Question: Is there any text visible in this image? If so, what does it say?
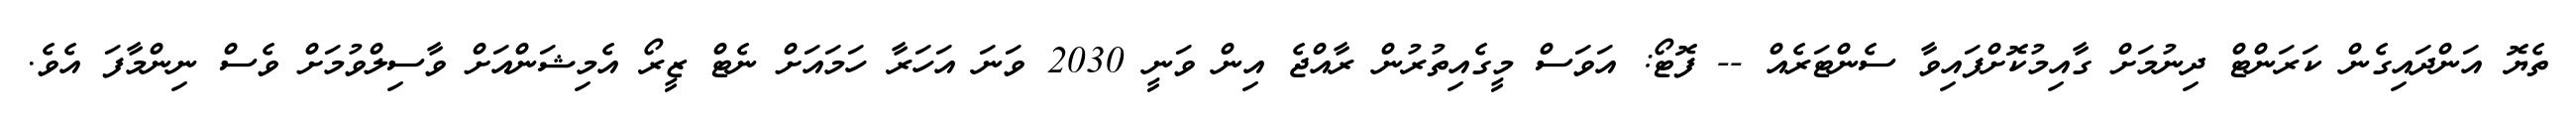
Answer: ތެޔޮ އަންދައިގެން ކަރަންޓް ދިނުމަށް ގާއިމުކޮށްފައިވާ ސެންޓަރެއް -- ފޮޓޯ: އަވަސް މީގެއިތުރުން ރާއްޖެ އިން ވަނީ 2030 ވަނަ އަހަރާ ހަމައަށް ނެޓް ޒީރޯ އެމިޝަންއަށް ވާސިލްވުމަށް ވެސް ނިންމާފަ އެވެ.